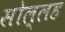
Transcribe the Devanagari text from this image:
सोल्लह